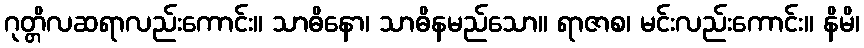
ဂုတ္တိလဆရာလည်းကောင်း။ သာဓိနော၊ သာဓိနမည်သော။ ရာဇာစ၊ မင်းလည်းကောင်း။ နိမိ၊